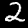
Label: 2